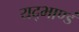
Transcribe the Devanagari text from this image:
यद्भाण्डं